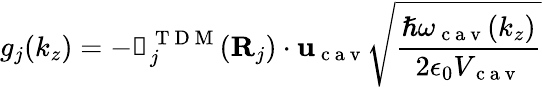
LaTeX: g_{j}(k_{z})=-{\boldsymbol{\upmu}}_{j}^{\mathrm{~T~D~M~}}({\mathbf{R}}_{j})\cdot{\mathbf{u}}_{\mathrm{~c~a~v~}}\sqrt{\frac{\hslash\omega_{\mathrm{~c~a~v~}}(k_{z})}{2\epsilon_{0}V_{\mathrm{~c~a~v~}}}}